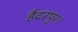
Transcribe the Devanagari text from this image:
हैदरपुर।